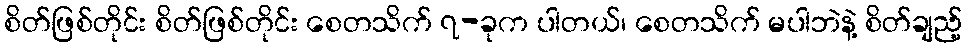
စိတ်ဖြစ်တိုင်း စိတ်ဖြစ်တိုင်း စေတသိက် ၇-ခုက ပါတယ်၊ စေတသိက် မပါဘဲနဲ့ စိတ်ချည့်